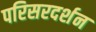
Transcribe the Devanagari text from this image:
परिसरदर्शन